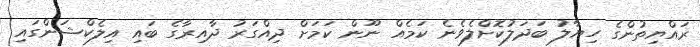
ރައްޔިތުންގެ ހިޔާލު ބަދަލުކޮށްލެވެނެ ކަމެއް ނޫން ކަމަށް ދިއްގަރު ދާއިރާގެ ބައި އިލެކްޝަންގައި